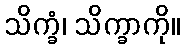
သိက္ခံ၊ သိက္ခာကို။